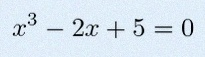
x^3-2x+5=0